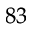
^ { 8 3 }